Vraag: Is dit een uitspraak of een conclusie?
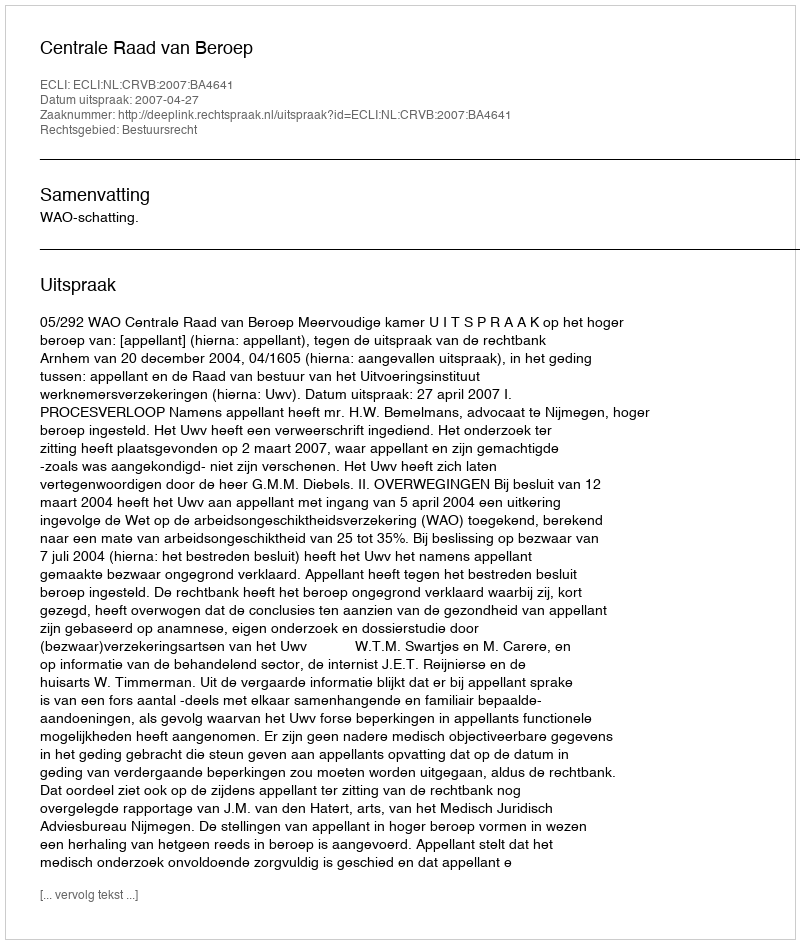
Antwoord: Uitspraak